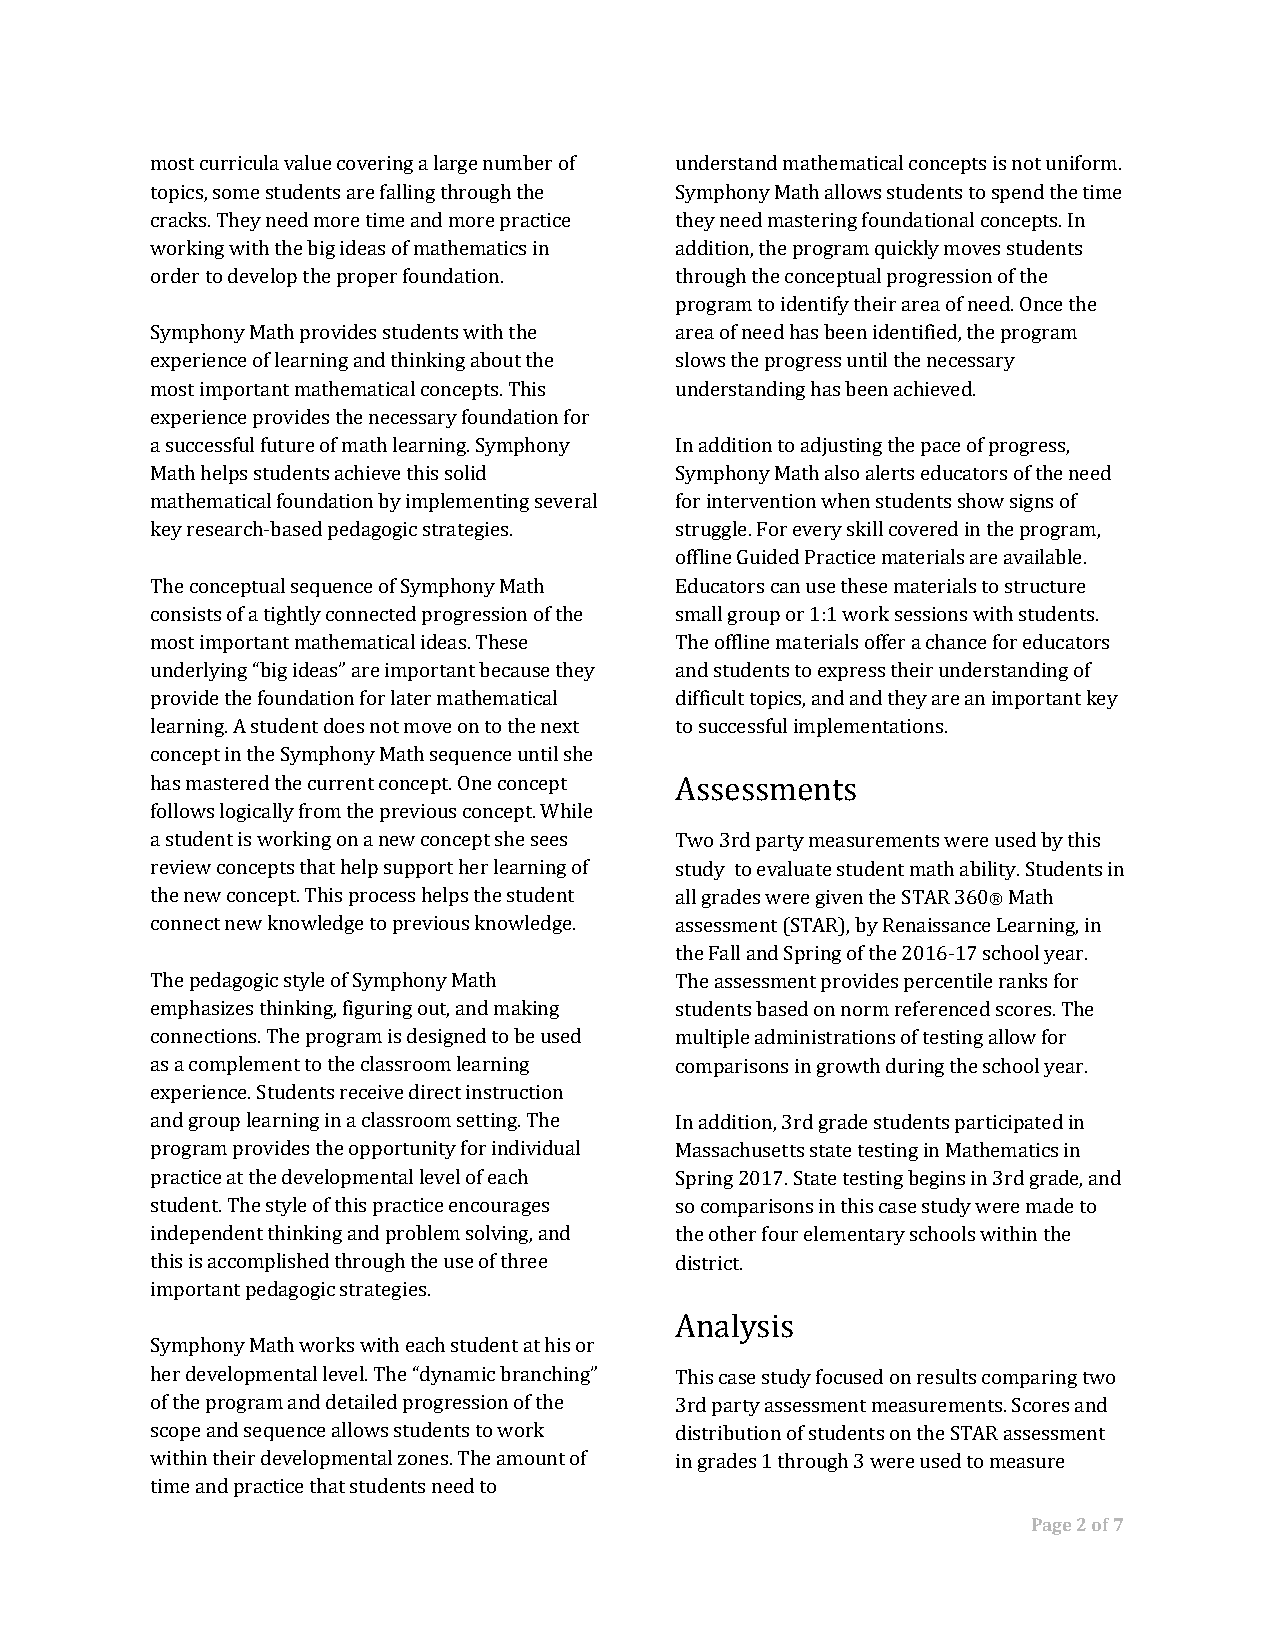
most curricula value covering a large number of understand mathematical concepts is not uniform.
 topics, some students are falling through the Symphony Math allows students to spend the time
 cracks. They need more time and more practice they need mastering foundational concepts. In
 working with the big ideas of mathematics in addition, the program quickly moves students
 order to develop the proper foundation. through the conceptual progression of the
 program to identify their area of need. Once the
 Symphony Math provides students with the area of need has been identified, the program
 experience of learning and thinking about the slows the progress until the necessary
 most important mathematical concepts. This understanding has been achieved.
 experience provides the necessary foundation for
 a successful future of math learning. Symphony In addition to adjusting the pace of progress,
 Math helps students achieve this solid Symphony Math also alerts educators of the need
 mathematical foundation by implementing several for intervention when students show signs of
 key research-based pedagogic strategies. struggle. For every skill covered in the program,
 offline Guided Practice materials are available.
 The conceptual sequence of Symphony Math Educators can use these materials to structure
 consists of a tightly connected progression of the small group or 1:1 work sessions with students.
 most important mathematical ideas. These The offline materials offer a chance for educators
 underlying “big ideas” are important because they and students to express their understanding of
 provide the foundation for later mathematical difficult topics, and and they are an important key
 learning. A student does not move on to the next to successful implementations.
 concept in the Symphony Math sequence until she
 has mastered the current concept. One concept Assessments
 follows logically from the previous concept. While
 a student is working on a new concept she sees Two 3rd party measurements were used by this
 review concepts that help support her learning of study to evaluate student math ability. Students in
 the new concept. This process helps the student all grades were given the STAR 360® Math
 ​ ​
 connect new knowledge to previous knowledge. assessment (STAR), by Renaissance Learning, in
 the Fall and Spring of the 2016-17 school year.
 The pedagogic style of Symphony Math The assessment provides percentile ranks for
 emphasizes thinking, figuring out, and making students based on norm referenced scores. The
 connections. The program is designed to be used multiple administrations of testing allow for
 as a complement to the classroom learning comparisons in growth during the school year.
 experience. Students receive direct instruction
 and group learning in a classroom setting. The In addition, 3rd grade students participated in
 program provides the opportunity for individual Massachusetts state testing in Mathematics in
 practice at the developmental level of each Spring 2017. State testing begins in 3rd grade, and
 student. The style of this practice encourages so comparisons in this case study were made to
 independent thinking and problem solving, and the other four elementary schools within the
 this is accomplished through the use of three district.
 important pedagogic strategies.
 Analysis
 Symphony Math works with each student at his or
 her developmental level. The “dynamic branching” This case study focused on results comparing two
 of the program and detailed progression of the 3rd party assessment measurements. Scores and
 scope and sequence allows students to work distribution of students on the STAR assessment
 within their developmental zones. The amount of in grades 1 through 3 were used to measure
 time and practice that students need to
 Page 2 of 7